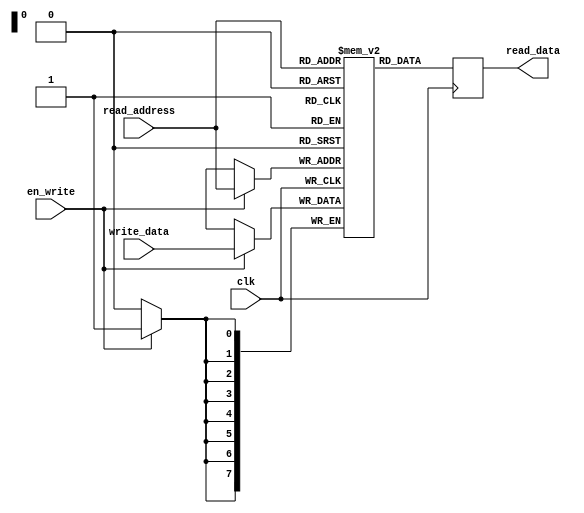
module flash_memory_block (
    input wire clk,
    input wire en_write,
    input wire [7:0] write_data,
    input wire [7:0] read_address,
    output reg [7:0] read_data
);

reg [7:0] memory [255:0]; // 256 memory cells

always @(posedge clk) begin
    if (en_write) begin
        memory[read_address] <= write_data;
    end
    read_data <= memory[read_address];
end

endmodule